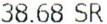
38.68 SR